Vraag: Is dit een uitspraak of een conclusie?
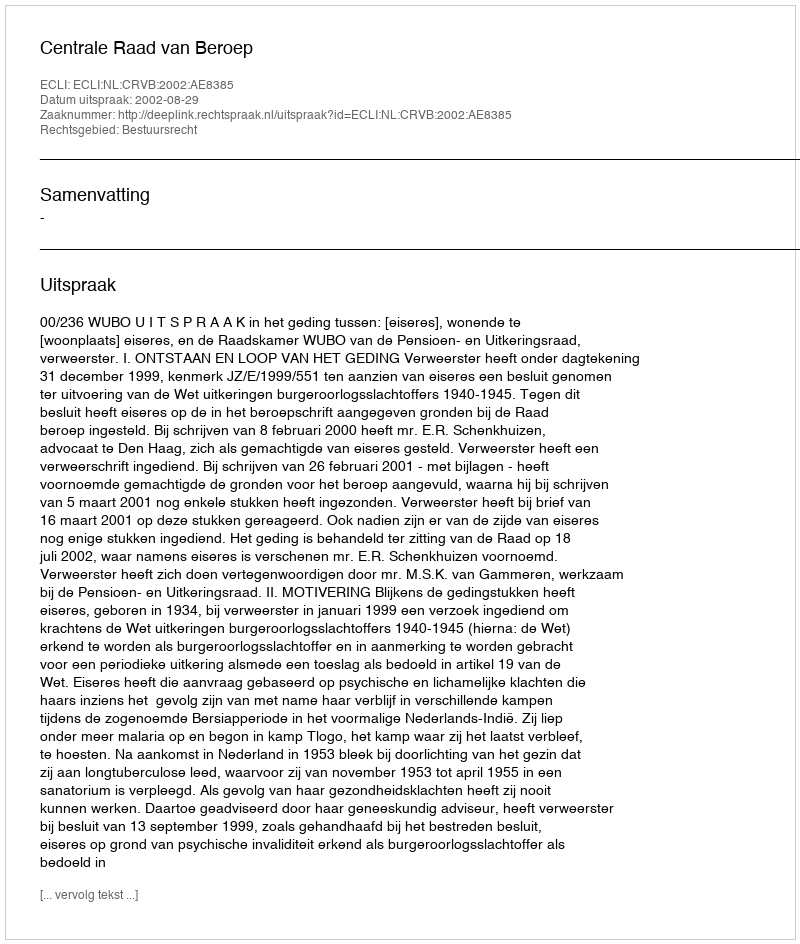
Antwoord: Uitspraak